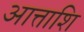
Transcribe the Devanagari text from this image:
आत्ताशि